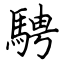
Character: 騁